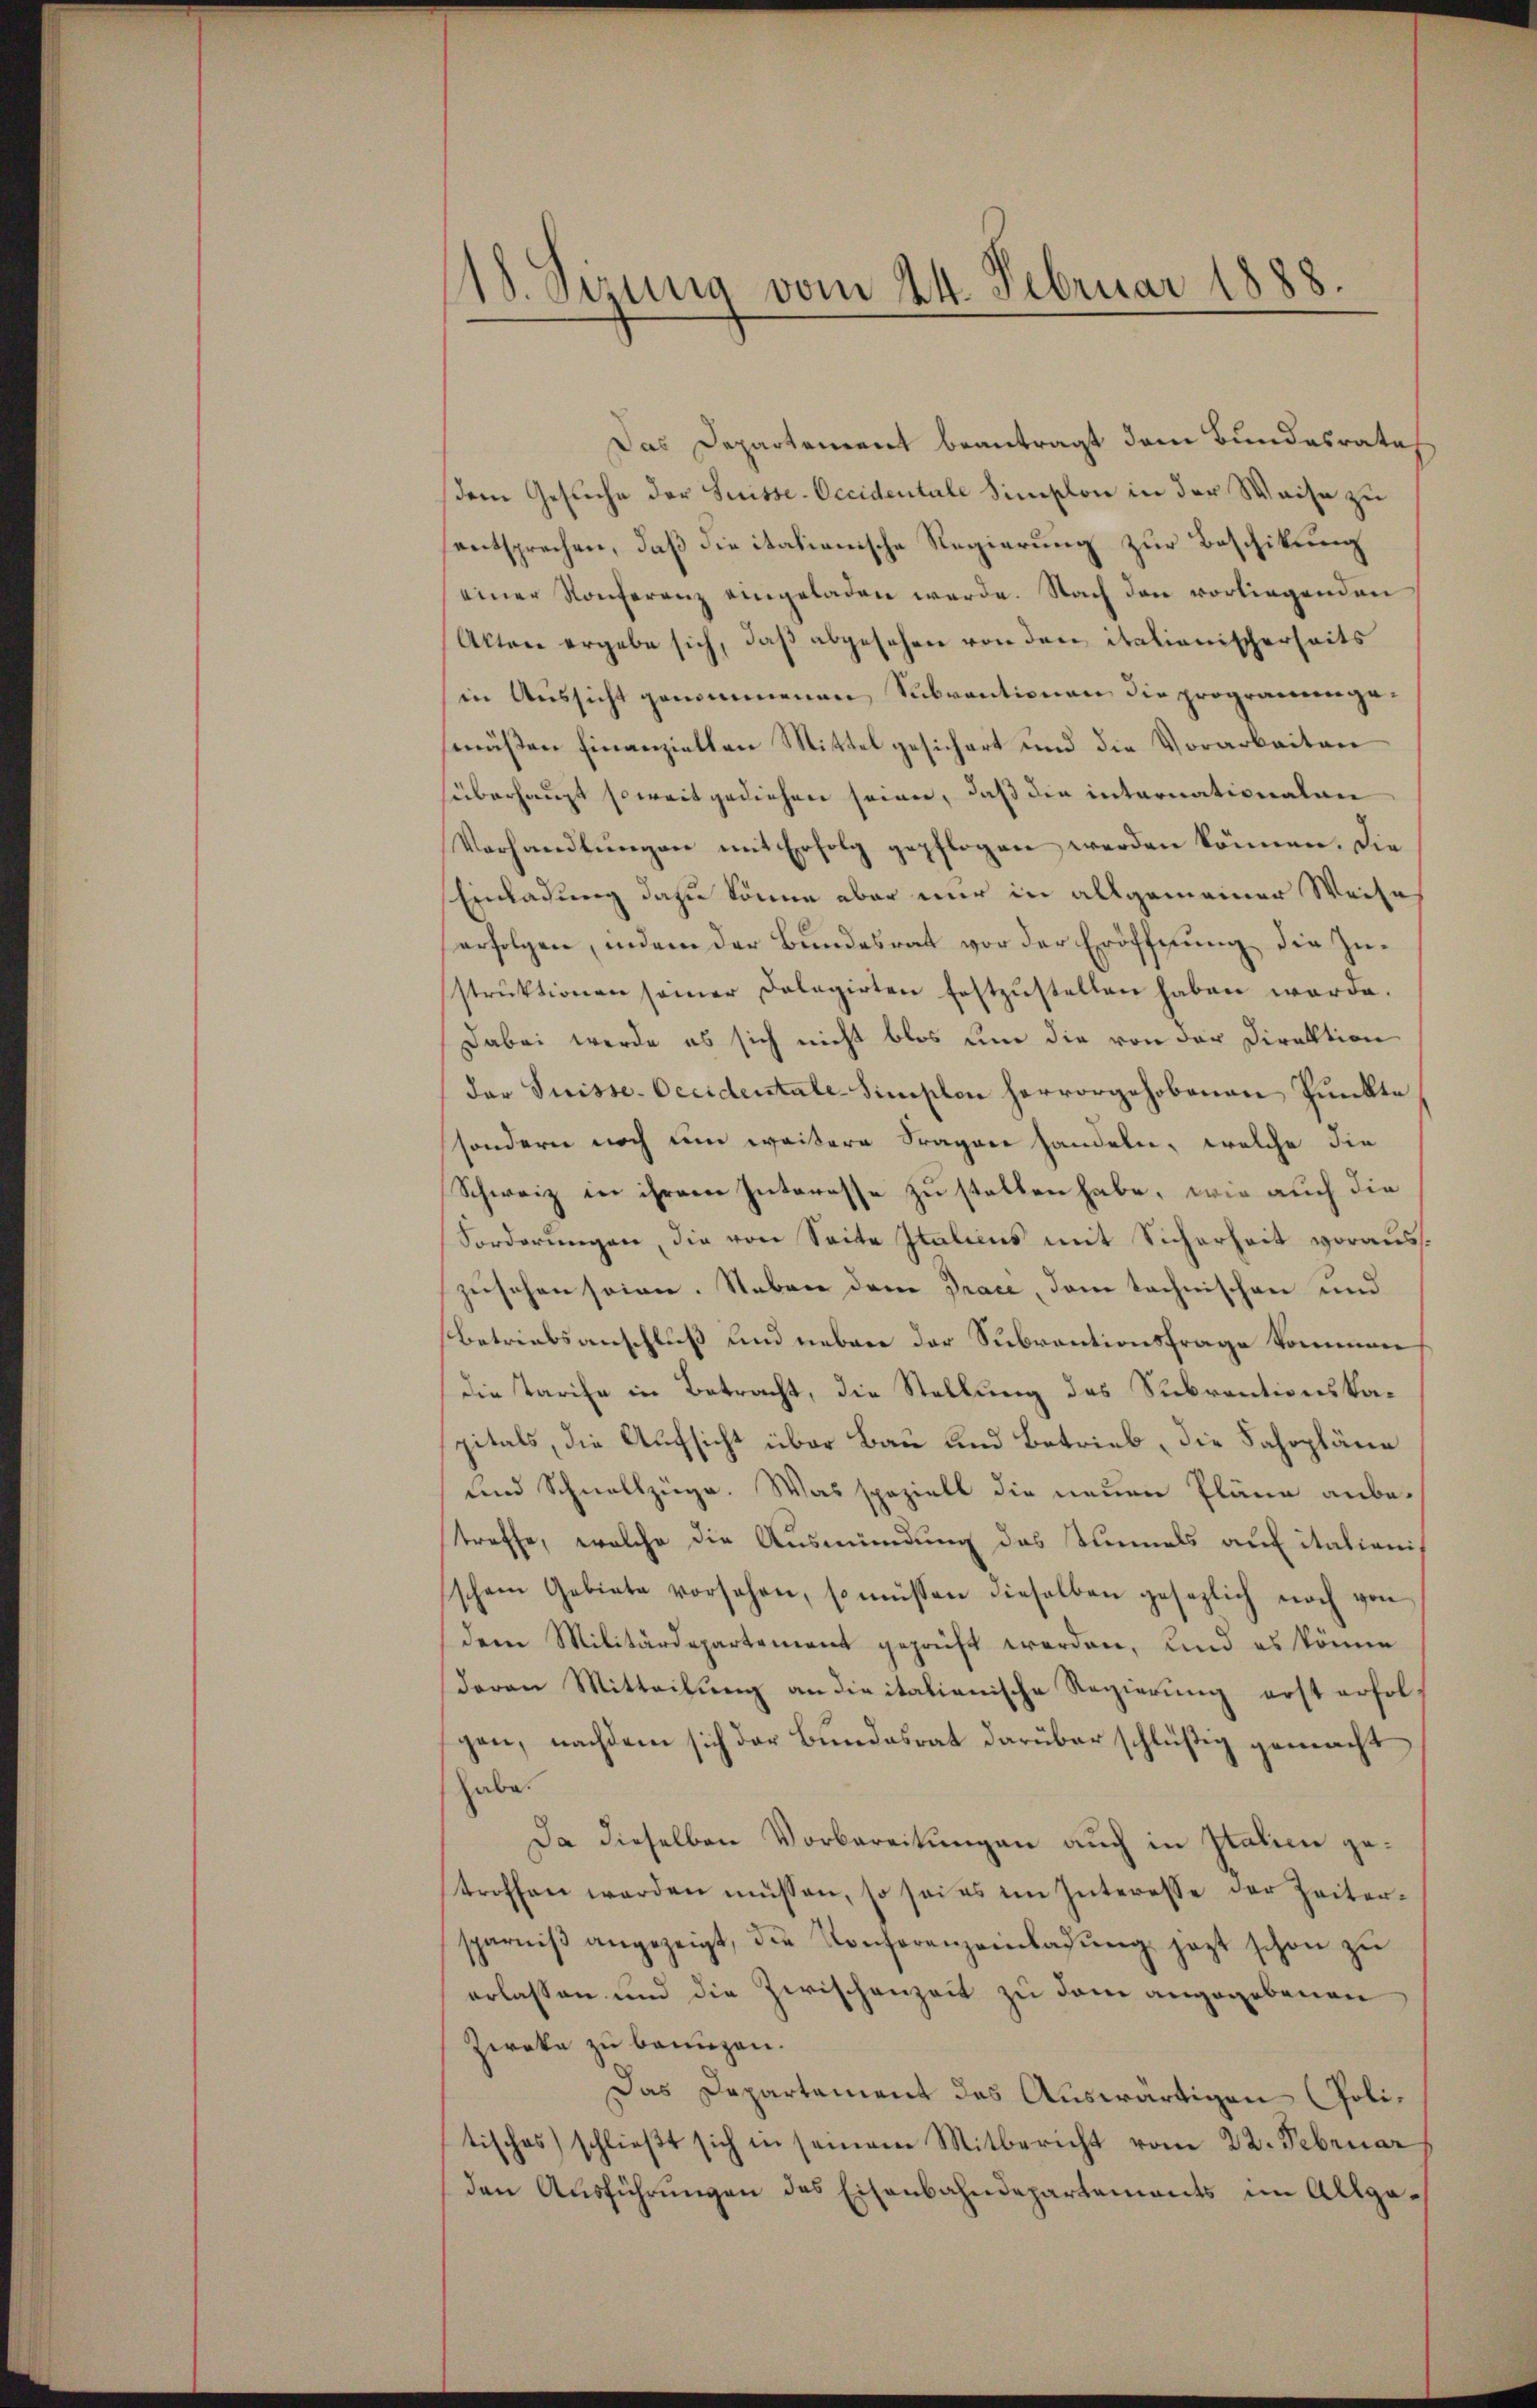
Das Departement beantragt dem Bundesrates
sem Gesuche der Suisse-Occidentale Simplon in der Waise zu
entsprechen, daß die italienische Regierung zur Beschikung
einer Konferenz eingeladen werde. Nach den vorliegenden
Akten ergebe sich, daß abgesehen von den italienischerseits
in Aussicht genommenen Subventionen die programm gemäßen Finanziellen Mittel gesichert und die Vorarbeiten
süberhaupt soweit gediehen seien, daß die internationalen
Verhandlŭngen mit Erfolg gepflogen werden können. Die
Einladung dazu könne aber nur in allgemeiner Weise
erfolgen, indem der Bundesrat vor der Eröffnung die Zustrŭktionen seiner Dolegirten festzŭstellen haben werde.
Dabei werde es sich nicht blos um die von der Direktion
der Suisse-Oecidentale-Simplon hervorgehobenen Punkte
sondern noch um weitere Fragen handeln, welche die
Schweiz in ihrem Interesse zu stellen habe, wie auch die
Forderungen, die von Seite Italicus mit Sicherheit vorauszusehen seien. Neben dem Graci, dem technischen und
Betriebsanschluß und neben der Subventionsfrage kommen
die Tarife in Betracht, die Stellung des Subventionskapitals, die Aufsicht über Bau und Betrieb, die Fahrpläne
und Schnellzüge. Was speziell die neuen Pläne anbetreffe, welche die Ausmündung des Tunnels auf italienis
schem Gebiete vorsehen, so müssen dieselben gesezlich noch von
dem Militärdepartement geprüft worden, und es könne
davon Mitteilung an die italienische Regierung erst erfolgen, nachdem sich der Bundesrat darüber schlüßig gemacht
habe.
Da dieselben Vorbereitungen auch in Italien getroffen werden müssen, so sei es im Interesse der Zeitersparniβ angezeigt, die Konferenzeinbarŭng jezt schon zu
erlassen und die Zwischenzeit zu dem angegebenen
Zweke zu beunzen.
Das Departement des Auswärtigen (Politisches) schlieβt sich in seinem Mitbericht vom 22. Februar
den Ausführungen des Eisenbahndepartements im Allge¬

18. Sizung vom 24. Februar 1888.